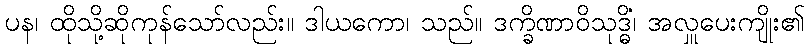
ပန၊ ထိုသို့ဆိုကုန်သော်လည်း။ ဒါယကော၊ သည်။ ဒက္ခိဏာဝိသုဒ္ဓိံ၊ အလှူပေးကျိုး၏